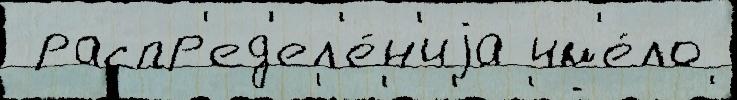
 распр'ед'ел'е́н'иjа им'е́ло